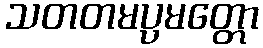
သတတမပ္ပမတ္တော